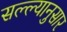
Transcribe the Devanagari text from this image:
सल्ल्‍यानुसार